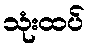
သုံးထပ်